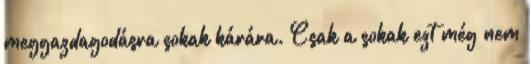
meggazdagodásra sokak kárára. Csak a sokak ezt még nem